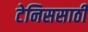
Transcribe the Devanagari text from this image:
टेनिससाठी